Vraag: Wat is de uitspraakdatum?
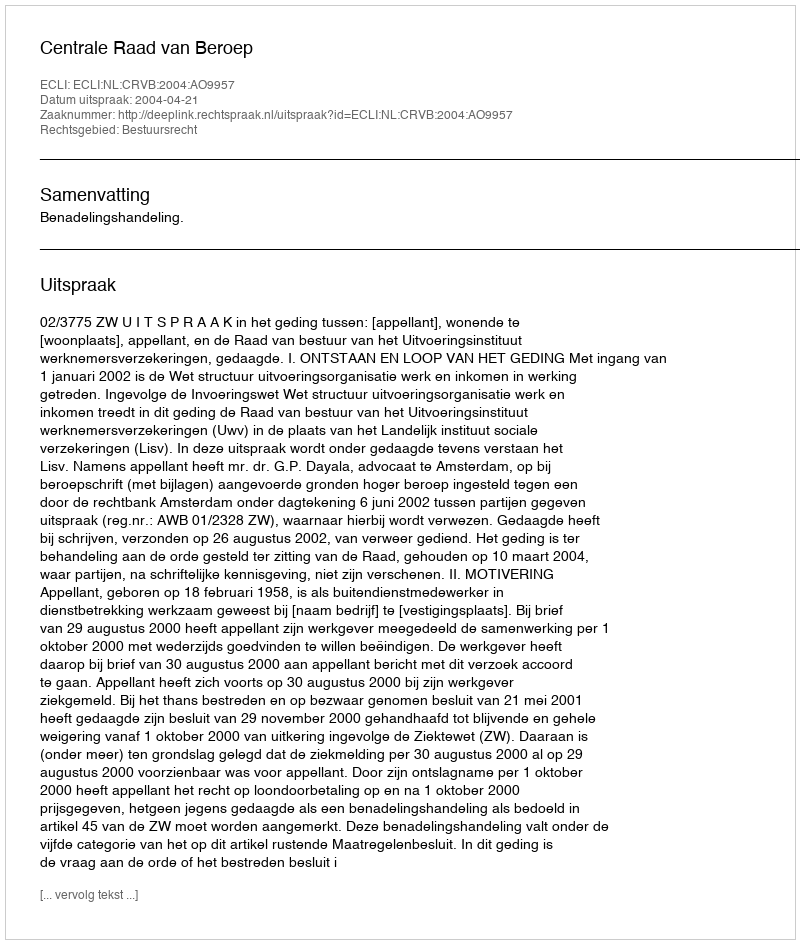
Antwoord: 2004-04-21